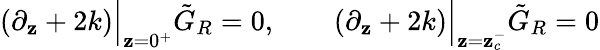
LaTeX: \left(\partial_{\mathbf{z}}+2k\right)\Big\vert_{\mathbf{z}=0^{+}}\tilde{{G}}_{R}=0,\qquad\left(\partial_{\mathbf{z}}+2k\right)\Big\vert_{\mathbf{z}=\mathbf{z}_{c}^{-}}\tilde{{G}}_{R}=0